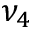
\nu _ { 4 }